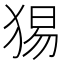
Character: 𤟍